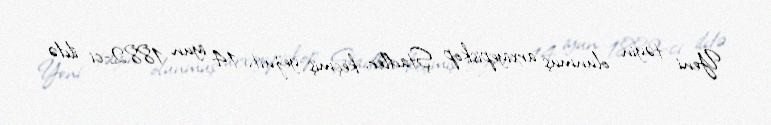
Yeni təyin olunmuş arxiyepiskop Ştadler, keçmiş yezuit, 14 iyun 1882-ci ildə